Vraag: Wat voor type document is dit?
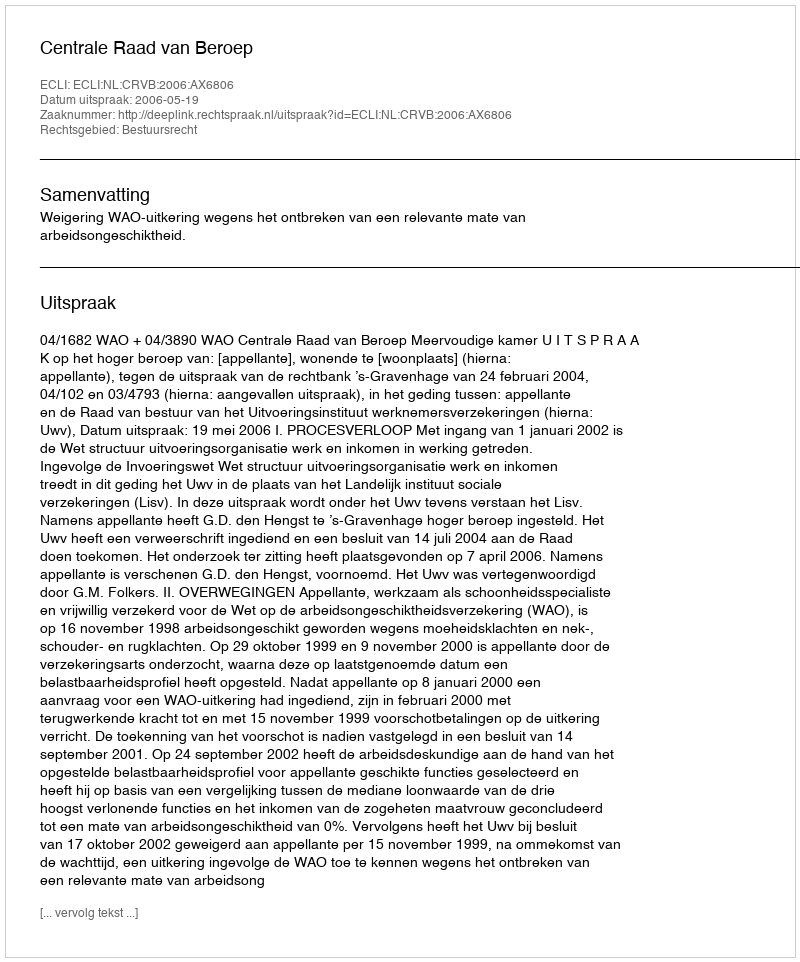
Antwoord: Uitspraak